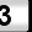
Digit: 3